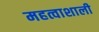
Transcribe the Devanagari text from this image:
महत्वाशाली